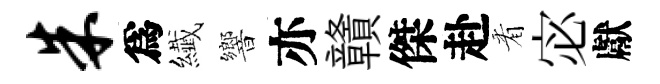
朱爲纎響亦贛傑赴㸔宓獻